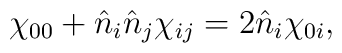
\chi _{00}+\hat{n}_{i}\hat{n}_{j}\chi _{ij}=2\hat{n}_{i}\chi _{0i},